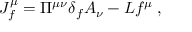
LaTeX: J _ { f } ^ { \mu } = \Pi ^ { \mu \nu } \delta _ { f } A _ { \nu } - { \cal L } f ^ { \mu } \; ,